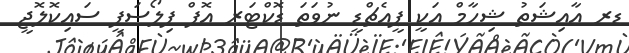
ޑރ ޢާއިޝަތު ޝިހާމް އަކީ ޕީއެޗްޑީ ނުވަތަ ޑޮކްޓަރ އޮފް ފިލޯސަފީ ސައިކޮލޮޖީ